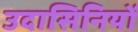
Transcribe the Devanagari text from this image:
उदासिनियों